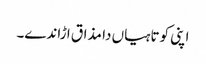
اپنی کوتاہیاں دا مذاق ا ڑاندے۔